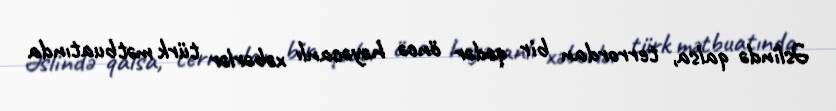
Əslində qalsa, terrordan bir qədər öncə həyəcanlı xəbərlər türk mətbuatında